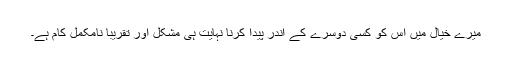
میرے خیال میں اس کو کسی دوسرے کے اندر پیدا کرنا نہایت ہی مشکل اور تقریباً نامکمل کام ہے۔